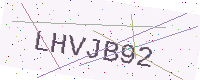
Text: LHVJB92